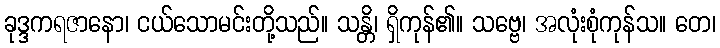
ခုဒ္ဒကရဇာနော၊ ငယ်သောမင်းတို့သည်။ သန္တိ၊ ရှိကုန်၏။ သဗ္ဗေ၊ အလုံးစုံကုန်သ။ တေ၊